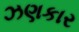
ઝણકાર